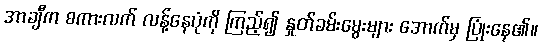
အာချီက စကားလက် လန့်နေပုံကို ကြည့်၍ နှုတ်ခမ်းမွေးများ အောက်မှ ပြုံးနေ၏။